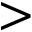
>